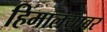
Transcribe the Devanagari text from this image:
हिमालयावर